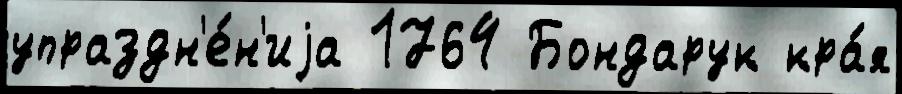
упраздн'е́н'иjа 1764 Бондарук кра́я